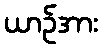
ယာဉ်အား